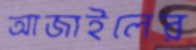
আজাইলের